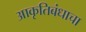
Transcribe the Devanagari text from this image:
आकृतिबंधाचा